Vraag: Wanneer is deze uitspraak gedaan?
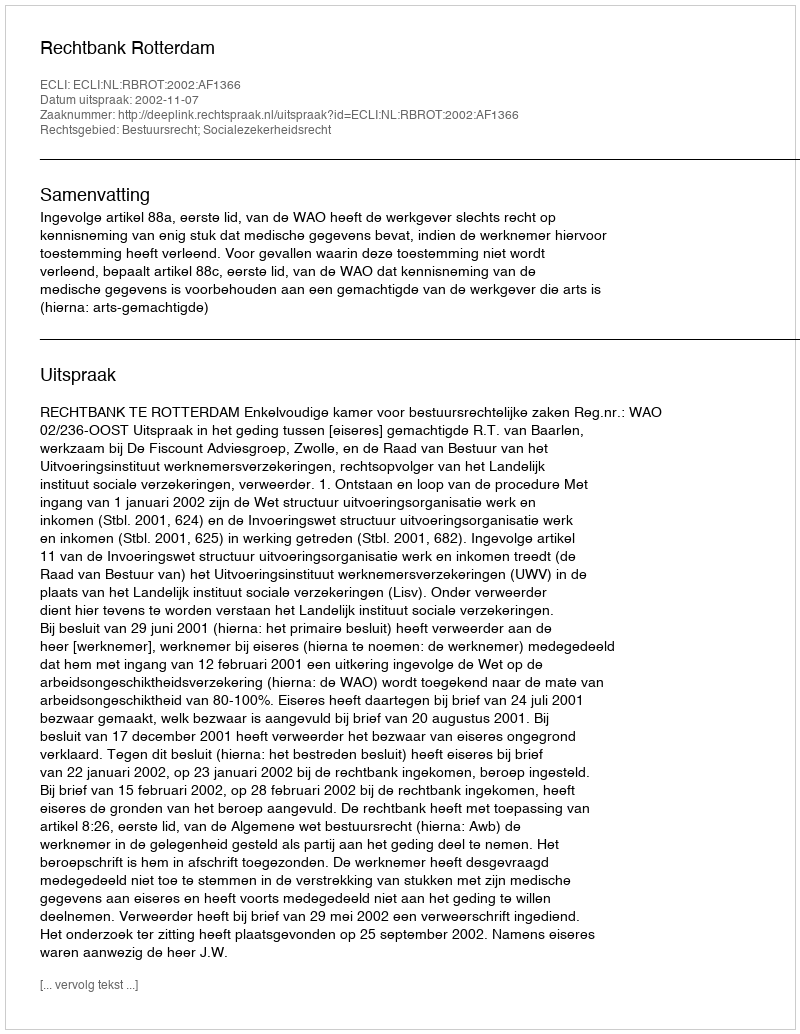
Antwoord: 2002-11-07